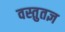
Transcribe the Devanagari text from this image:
वस्तुतज्ञ